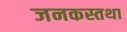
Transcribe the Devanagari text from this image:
जनकस्तथा